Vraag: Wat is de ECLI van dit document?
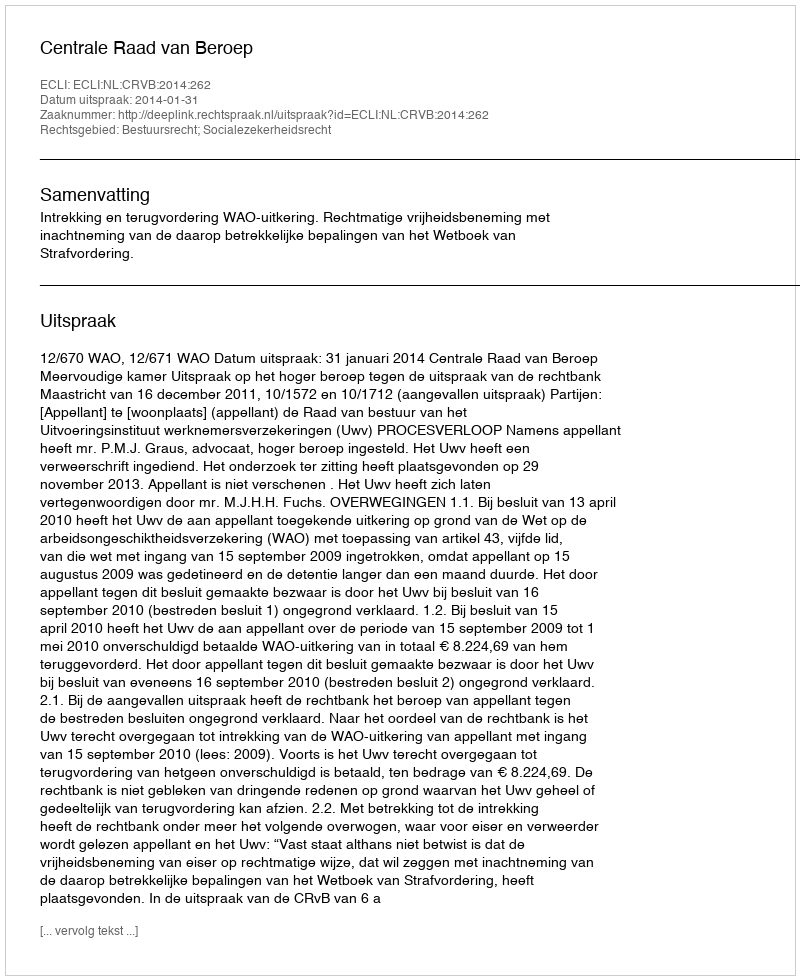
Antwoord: ECLI:NL:CRVB:2014:262